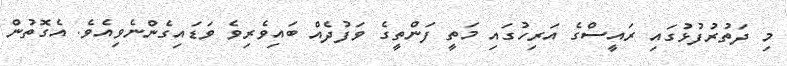
މި ދަތުރުފުޅުގައި ރައީސްގެ އަރިހުގައި މަތީ ފަންތީގެ ވަފުދެއް ބައިވެރިވެ ވަޑައިގެންނެވިއެވެ. އެގޮތުން